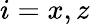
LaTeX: i=x,z